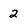
Character: 2